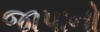
જાપાનો